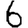
Digit: 6